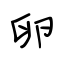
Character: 卵